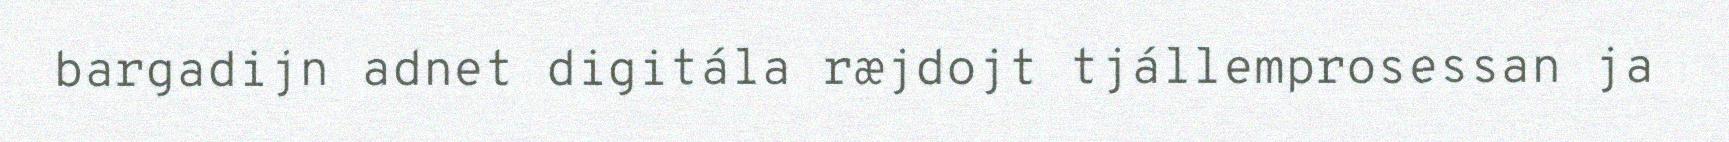
bargadijn adnet digitála ræjdojt tjállemprosessan ja